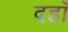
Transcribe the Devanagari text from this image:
दहाँ